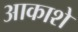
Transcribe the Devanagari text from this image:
आकाशे